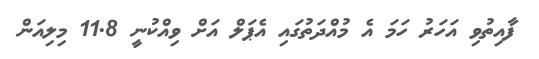
ފާއިތުވި އަހަރު ހަމަ އެ މުއްދަތުގައި އެޕަލް އަށް ވިއްކުނީ 11.8 މިލިއަން